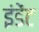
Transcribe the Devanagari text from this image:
इंडेंट